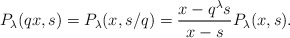
\begin{align*}P_{\lambda}(qx, s) = P_{\lambda}(x, s/q) = \frac{x - q^{\lambda}s}{x - s}P_{\lambda}(x, s). \end{align*}